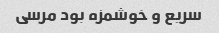
سریع و خوشمزه بود مرسی